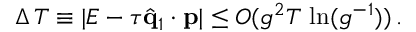
\Delta \, T \equiv | E - \tau \hat { { \bf q } } _ { 1 } \cdot { \bf p } | \leq O ( g ^ { 2 } T \, \ln ( g ^ { - 1 } ) ) \, .